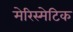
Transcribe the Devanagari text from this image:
मेरिस्मेटिक